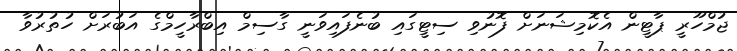
ޖުމްހޫރީ ޕާޓީން އެކޮމިޝަނަށް ފޮނުވި ސިޓީގައި ބުނެފައިވަނީ ގާސިމް އިބްރާހީމްގެ އަބުރަށް ހުތުރުވާ